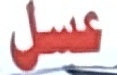
عسل